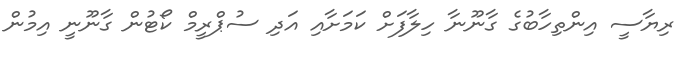
ރިޔާސީ އިންތިހާބުގެ ގާނޫނާ ހިލާފަށް ކަމަށާއި އަދި ސުޕްރީމް ކޯޓުން ގާނޫނީ އިމުން